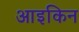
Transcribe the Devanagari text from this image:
आइकिन